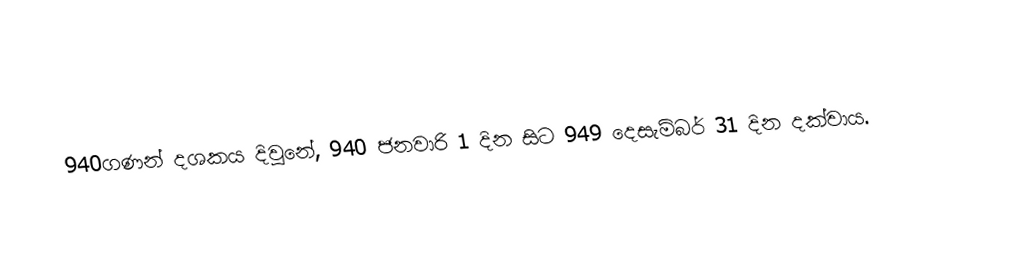
940ගණන් දශකය දිවුනේ, 940 ජනවාරි 1 දින සිට 949 දෙසැම්බර් 31 දින දක්වාය.